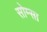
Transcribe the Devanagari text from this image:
सोम्सा